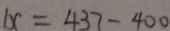
1 x = 4 3 7 - 4 0 0